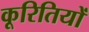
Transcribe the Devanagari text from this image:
कूरितियों